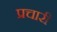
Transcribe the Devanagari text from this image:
प्रचारी